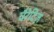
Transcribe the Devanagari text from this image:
चैरेटिज़